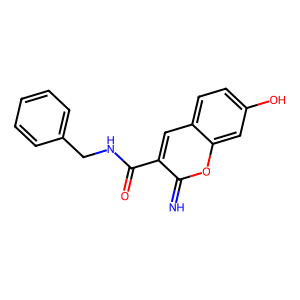
SMILES: N=c1oc2cc(O)ccc2cc1C(=O)NCc1ccccc1
Inhibits HIV replication: No